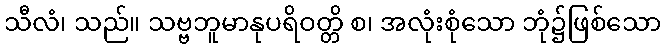
သီလံ၊ သည်။ သဗ္ဗဘူမာနုပရိဝတ္တိ စ၊ အလုံးစုံသော ဘုံ၌ဖြစ်သော